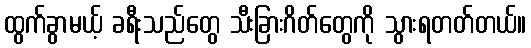
ထွက်ခွာမယ့် ခရီးသည်တွေ သီးခြားဂိတ်တွေကို သွားရတတ်တယ်။